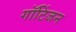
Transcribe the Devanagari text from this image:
गॉटिंजन